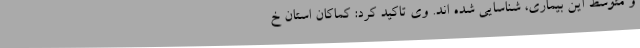
و متوسط این بیماری، شناسایی شده اند. وی تاکید کرد: کماکان استان خ